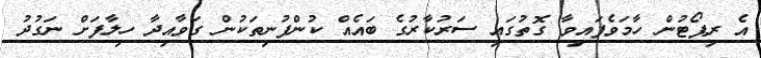
އެ ރިޕޯޓުން ހާމަވެފައިވާ ގޮތުގައި ސަރުކާރުގެ ބައެއް ކުންފުނިތަކުން ގަވާއިދާ ހިލާފަށް ނަގުދު